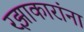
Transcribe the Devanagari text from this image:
रझाकारांना